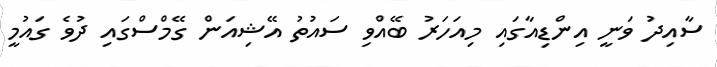
ސާއިދު ވަނީ އިންޑިއާގައި މިއަހަރު ބޭއްވި ސައުތު އޭޝިއަން ގޭމްސްގައި ދުވެ ގައުމީ